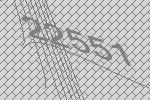
22551